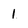
Character: 1